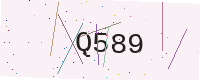
Text: Q589